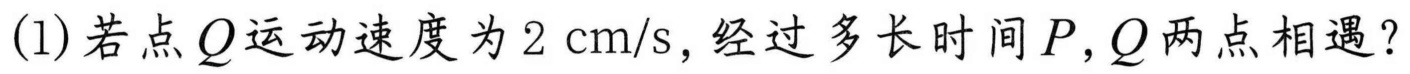
(1)若点$Q$运动速度为$2\mathrm{cm}/\mathrm{s}$, 经过多长时间$P,Q$两点相遇?